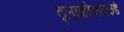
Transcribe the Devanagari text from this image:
ट्लाकोपानकडे